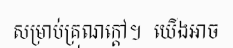
សម្រាប់គ្រុណក្តៅ។  យើងអាច